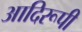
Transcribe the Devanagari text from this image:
आदिरूपी